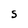
Character: S